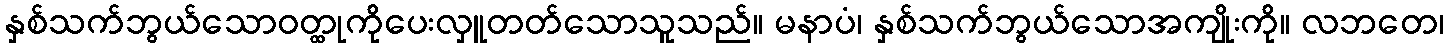
နှစ်သက်ဘွယ်သောဝတ္ထုကိုပေးလှူတတ်သောသူသည်။ မနာပံ၊ နှစ်သက်ဘွယ်သောအကျိုးကို။ လဘတေ၊